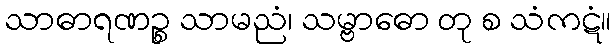
သာဓာရဏဉ္စ သာမညံ၊ သမ္ဗာဓော တု စ သံကဋံ။